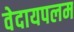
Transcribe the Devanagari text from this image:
वेदायपलम